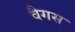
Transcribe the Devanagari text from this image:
वैगस